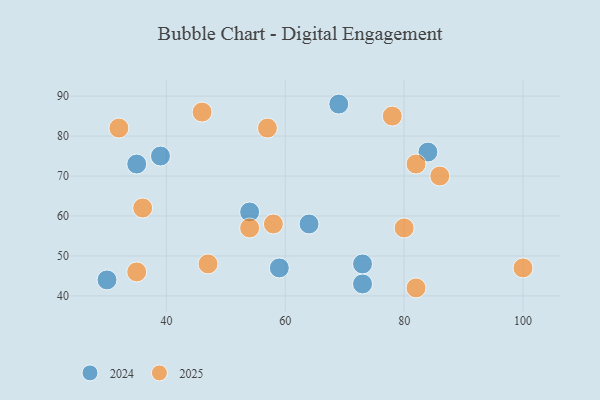
{"axis": {"x": "GDP", "y": "Life Expectancy"}, "legend": ["2024", "2025"], "data": [{"x": "73", "y": 43, "type": "2024"}, {"x": "30", "y": 44, "type": "2024"}, {"x": "54", "y": 61, "type": "2024"}, {"x": "35", "y": 73, "type": "2024"}, {"x": "69", "y": 88, "type": "2024"}, {"x": "84", "y": 76, "type": "2024"}, {"x": "39", "y": 75, "type": "2024"}, {"x": "59", "y": 47, "type": "2024"}, {"x": "64", "y": 58, "type": "2024"}, {"x": "73", "y": 48, "type": "2024"}, {"x": "32", "y": 82, "type": "2025"}, {"x": "78", "y": 85, "type": "2025"}, {"x": "57", "y": 82, "type": "2025"}, {"x": "100", "y": 47, "type": "2025"}, {"x": "35", "y": 46, "type": "2025"}, {"x": "58", "y": 58, "type": "2025"}, {"x": "36", "y": 62, "type": "2025"}, {"x": "82", "y": 42, "type": "2025"}, {"x": "54", "y": 57, "type": "2025"}, {"x": "86", "y": 70, "type": "2025"}, {"x": "47", "y": 48, "type": "2025"}, {"x": "80", "y": 57, "type": "2025"}, {"x": "82", "y": 73, "type": "2025"}, {"x": "46", "y": 86, "type": "2025"}]}